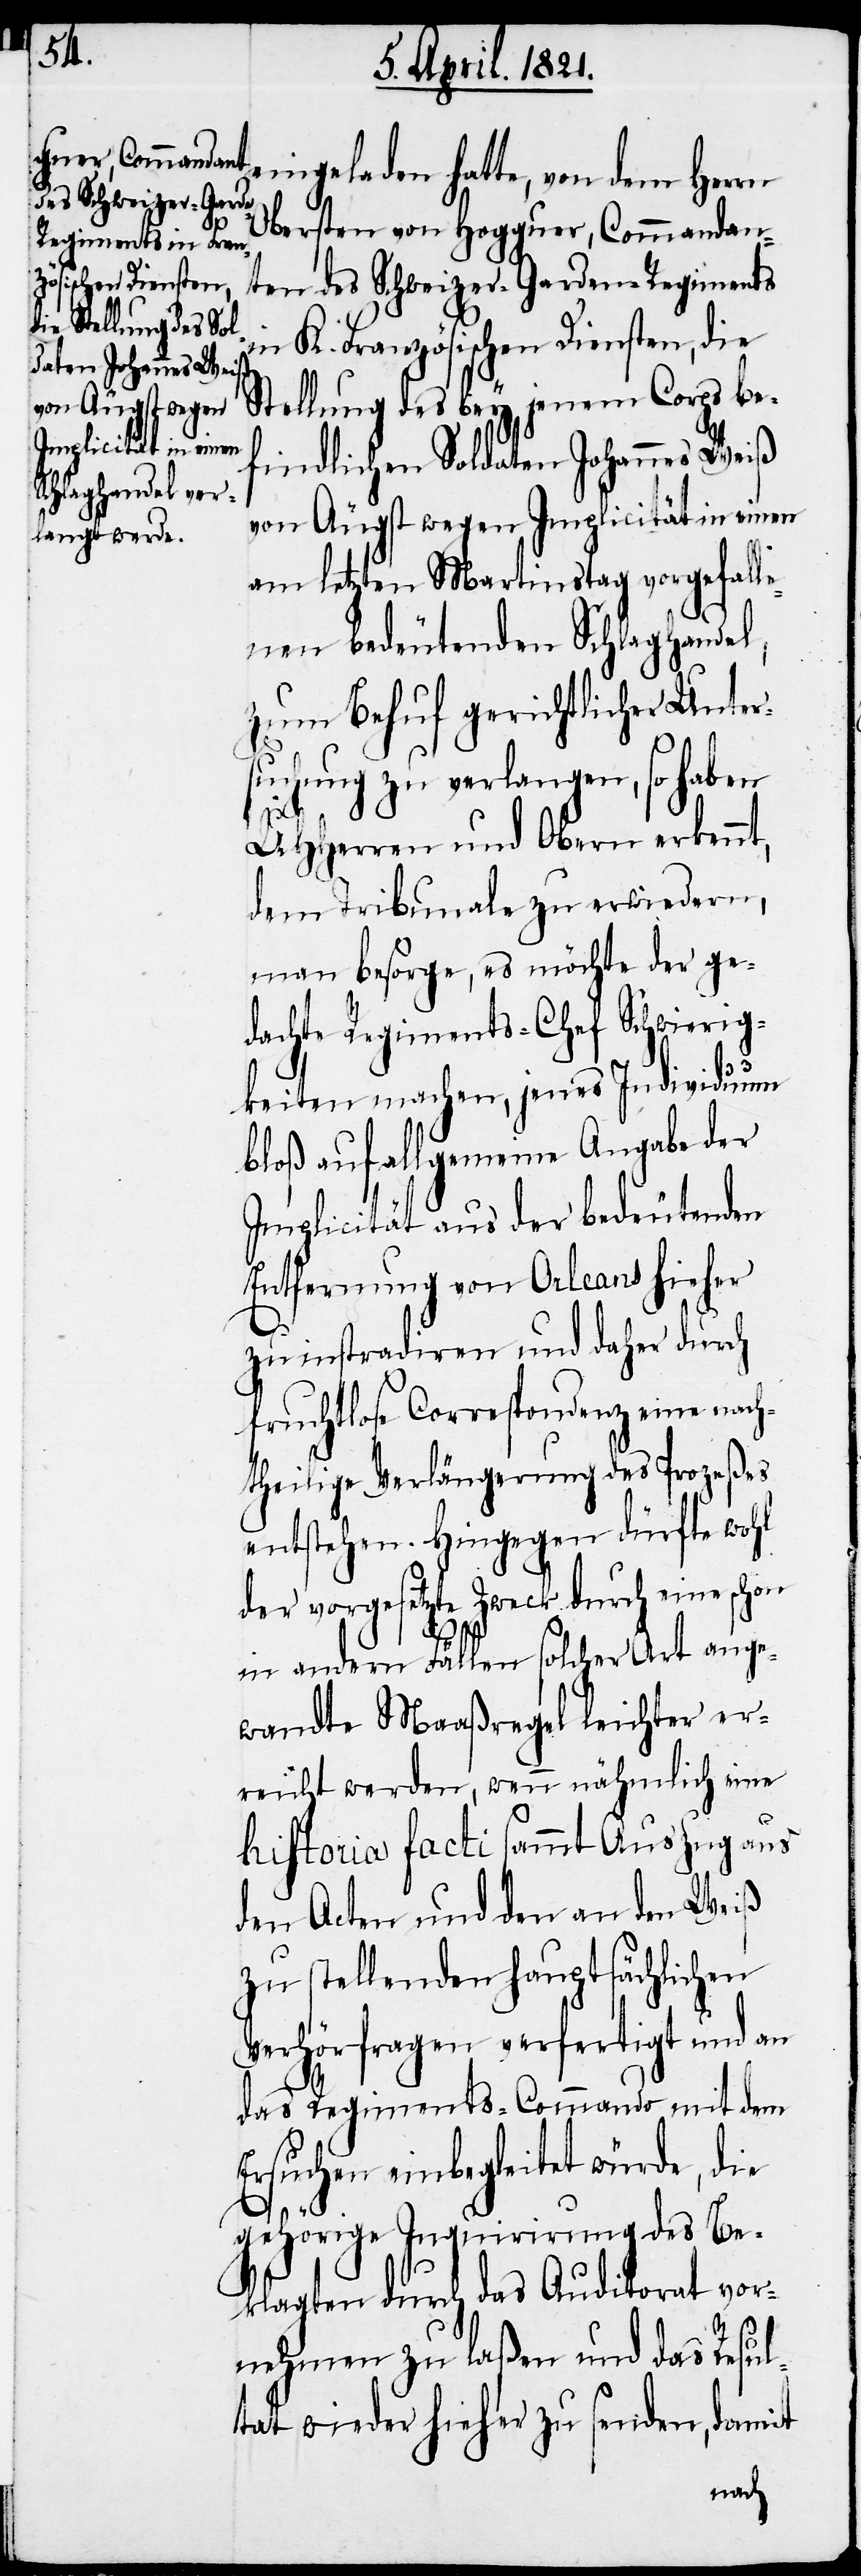
eingeladen hatte, von dem Herrn
Obersten von Hogguer Commandan¬
ten des Schweizer-Garden-Regiments
in K. Französischen Diensten, die
Stellung des bey jenem Corps be¬
findlichen Soldaten Johannes Weiß
von Äugst wegen Implicität in einen
am letzten Martinstag vorgefalle¬
nen bedeutenden Schlaghandel,
zum Behuf gerichtlicher Unter¬
suchung zu verlangen, so haben
UHHerren und Obern erkennt,
dem Tribunale zu erwiedern,
man besorge, es möchte der ge¬
dachte Regiments-Chef Schwierig¬
keiten machen, jenes Individuum
bloß auf allgemeine Angabe der
Implicität aus der bedeutenden
Entfernung von Orleans hieher
zu instradiren und daher durch
fruchtlose Correspondenz eine nach¬
theilige Verlängerung des Proceßes
entstehen. Hingegen dürfte wohl
der vorgesetzte Zweck durch eine schon
in andern Fällen solcher Art ange¬
wandte Maaßregel leichter er¬
reicht werden, wenn nähmlich eine
historia facti sammt Auszug aus
den Acten und den an den Weiß
zu stellenden hauptsächlichen
Verhörfragen verfertigt und an
das Regiments-Commando mit dem
Ersuchen einbegleitet würde, die
gehörige Inquirirung des Be¬
klagten durch das Auditoriat vor¬
nehmen zu laßen und das Resul¬
tat wieder hieher zu senden, damit